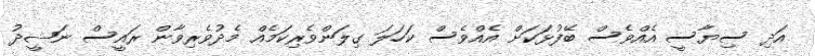
އަދި ސިޔާސީ އެއްވެސް ބޭފުޅަކަށް އެއްވެސް ކަހަލަ ގިލަންވެރިކަމެއް މެދުވެރިވާން ރައީސް ނަޝީދު